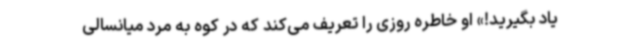
یاد بگیرید!» او خاطره روزی را تعریف می‌کند که در کوه به مرد میانسالی